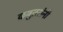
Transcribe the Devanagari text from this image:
कबुतरांनी